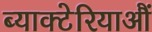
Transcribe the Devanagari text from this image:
ब्याक्टेरियाऔं